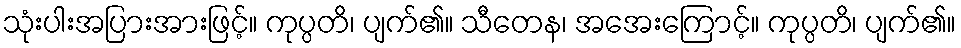
သုံးပါးအပြားအားဖြင့်။ ကုပ္ပတိ၊ ပျက်၏။ သီတေန၊ အအေးကြောင့်။ ကုပ္ပတိ၊ ပျက်၏။